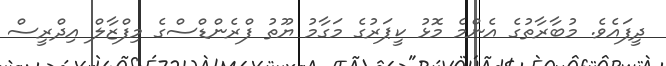
ދީފައެވެ. މުބާރާތުގެ އެންމެ މޮޅު ކީޕަރުގެ މަގާމު ޔޫތު ފްރެންޑްސްގެ މިފްޒާލް އިދްރީސް